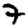
Digit: 7